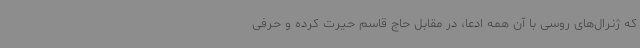
که ژنرال‌های روسی با آن همه ادعا، در مقابل حاج قاسم حیرت کرده و حرفی